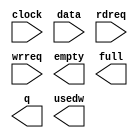
module altbramfifo_w211_d16 (
	clock,
	data,
	rdreq,
	wrreq,
	empty,
	full,
	q,
	usedw);

	input	  clock;
	input	[210:0]  data;
	input	  rdreq;
	input	  wrreq;
	output	  empty;
	output	  full;
	output	[210:0]  q;
	output	[3:0]  usedw;

endmodule